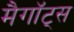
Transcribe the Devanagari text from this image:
मैगॉट्स